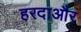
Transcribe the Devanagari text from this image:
हरदाऔर